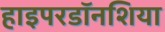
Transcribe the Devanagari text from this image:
हाइपरडॉनशिया